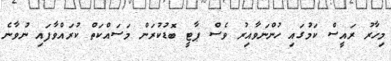
މިހާރު ރައީސް ކަމުގައި ހުންނަވާއިރު ވެސް ޕާޓީ ބޮޑުކުރަން މަސައްކަތް ކުރައްވާފައި ނުވާނެ